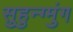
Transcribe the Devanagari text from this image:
सुहुन्ग्मुंग